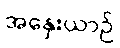
အနှေးယာဉ်